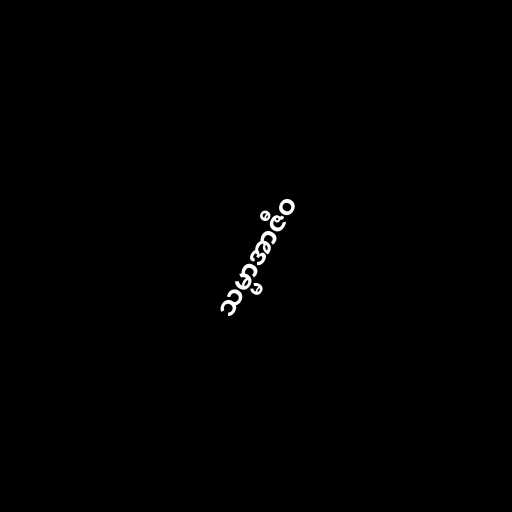
သမ္မာအာဇီဝ